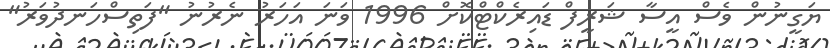
ޔަގީނުން ވެސް އީސާ ޝަރީފް ޑައިރެކްޓްކޮށް 1996 ވަނަ އަހަރު ނެރުނު "ފަތިސްހަނދުވަރު"